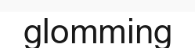
glomming